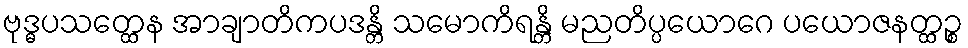
ဗုဒ္ဓပသတ္ထေန အာချာတိကပဒန္တိ သမောကိရန္တိ မညတိပ္ပယောဂေ ပယောဇနတ္ထဉ္စ